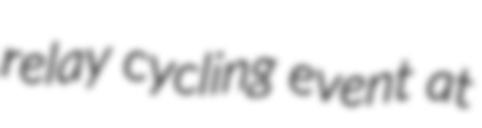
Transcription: relay cycling event at